Civil Veterinary Dept. Assam report 1911-1927 - 1911-1927
Year: 1911
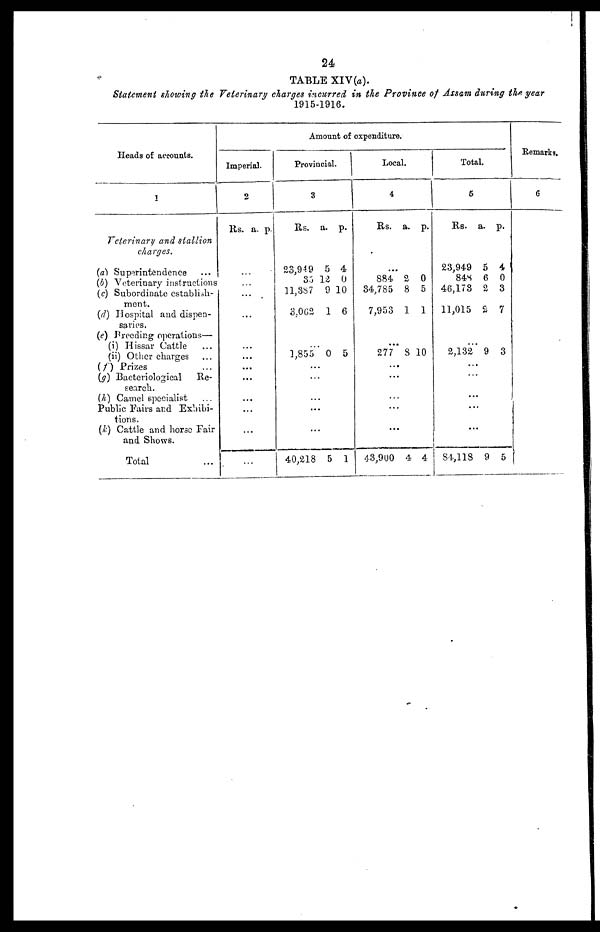
24
TABLE XIV(a).
Statement showing the Veterinary charges incurred, in the Province of Assam during the. year
1915-1916.
Heads of accounts.
1
Veterinary and stallion
charges.
(a) Superintendence ...
(b) Veterinary instructions
(c) Subordinate establish-
ment.
(d) Hospital and dispen-
saries.
(e) Breeding operations—
(i) Hissar Cattle
(ii) Other charges
(f) Prizes
(g) Bacteriological
Re-
search.
(h) Camel specialist
Public Pairs and Exhibi-
tions.
(k) Cattle and horse Fair
and Shows.
Total
Amount of expenditure.
Imperial.
2
Rs.
..
..
...
..
..
...
..
a.
.
.
.
.
.
p.
Provincial.
3
Rs.
23,949
35 12
11,387
3,062
1,855
..
..
..
40,218
a.
5
9
1
0
.
.
.
5
p.
4
0
10
6
5
1
Local.
4
Rs.
...
884
34,785
7,953
...
277
...
...
...
...
43,900
a.
2
8
1
8
4
p.
0
5
1
10
4
Total.
5
Rs.
23,949
84S
46,178
11,015
..
2,132
..
..
..
..
84,118
a.
5
6
2
£
.
9
.
.
.
.
9
p.
4
0
3
7
3
5
Remarks.
6